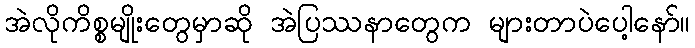
အဲလိုကိစ္စမျိုးတွေမှာဆို အဲပြဿနာတွေက များတာပဲပေါ့နော်။